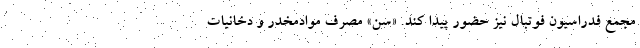
مجمع فدراسیون فوتبال نیز حضور پیدا کند. «سن» مصرف موادمخدر و دخانیات